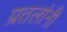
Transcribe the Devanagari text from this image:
प्रतलांनी